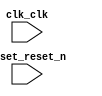

module soc (
	clk_clk,
	reset_reset_n);	

	input		clk_clk;
	input		reset_reset_n;
endmodule